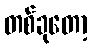
တစ်ခုတော့